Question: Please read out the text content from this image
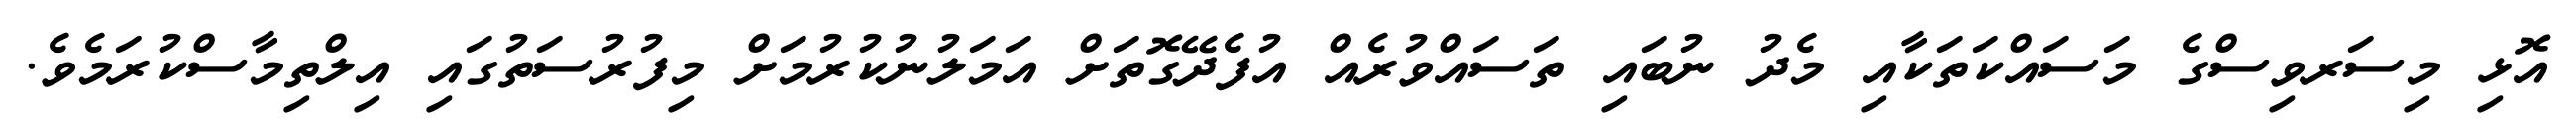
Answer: އޮޅި މިސަރވިސްގެ މަސައްކަތަކާއި މެދު ނުބައި ތަސައްވުރެއް އުފެދޭގޮތަށް އަމަލުނުކުރުމަށް މިފުރުސަތުގައި އިލްތިމާސްކުރަމެވެ.